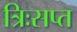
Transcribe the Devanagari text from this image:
त्रिःसप्त